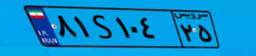
۸۱S۱۰۴۲۵